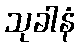
သုခါနံ